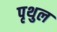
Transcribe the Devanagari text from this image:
पृथुल